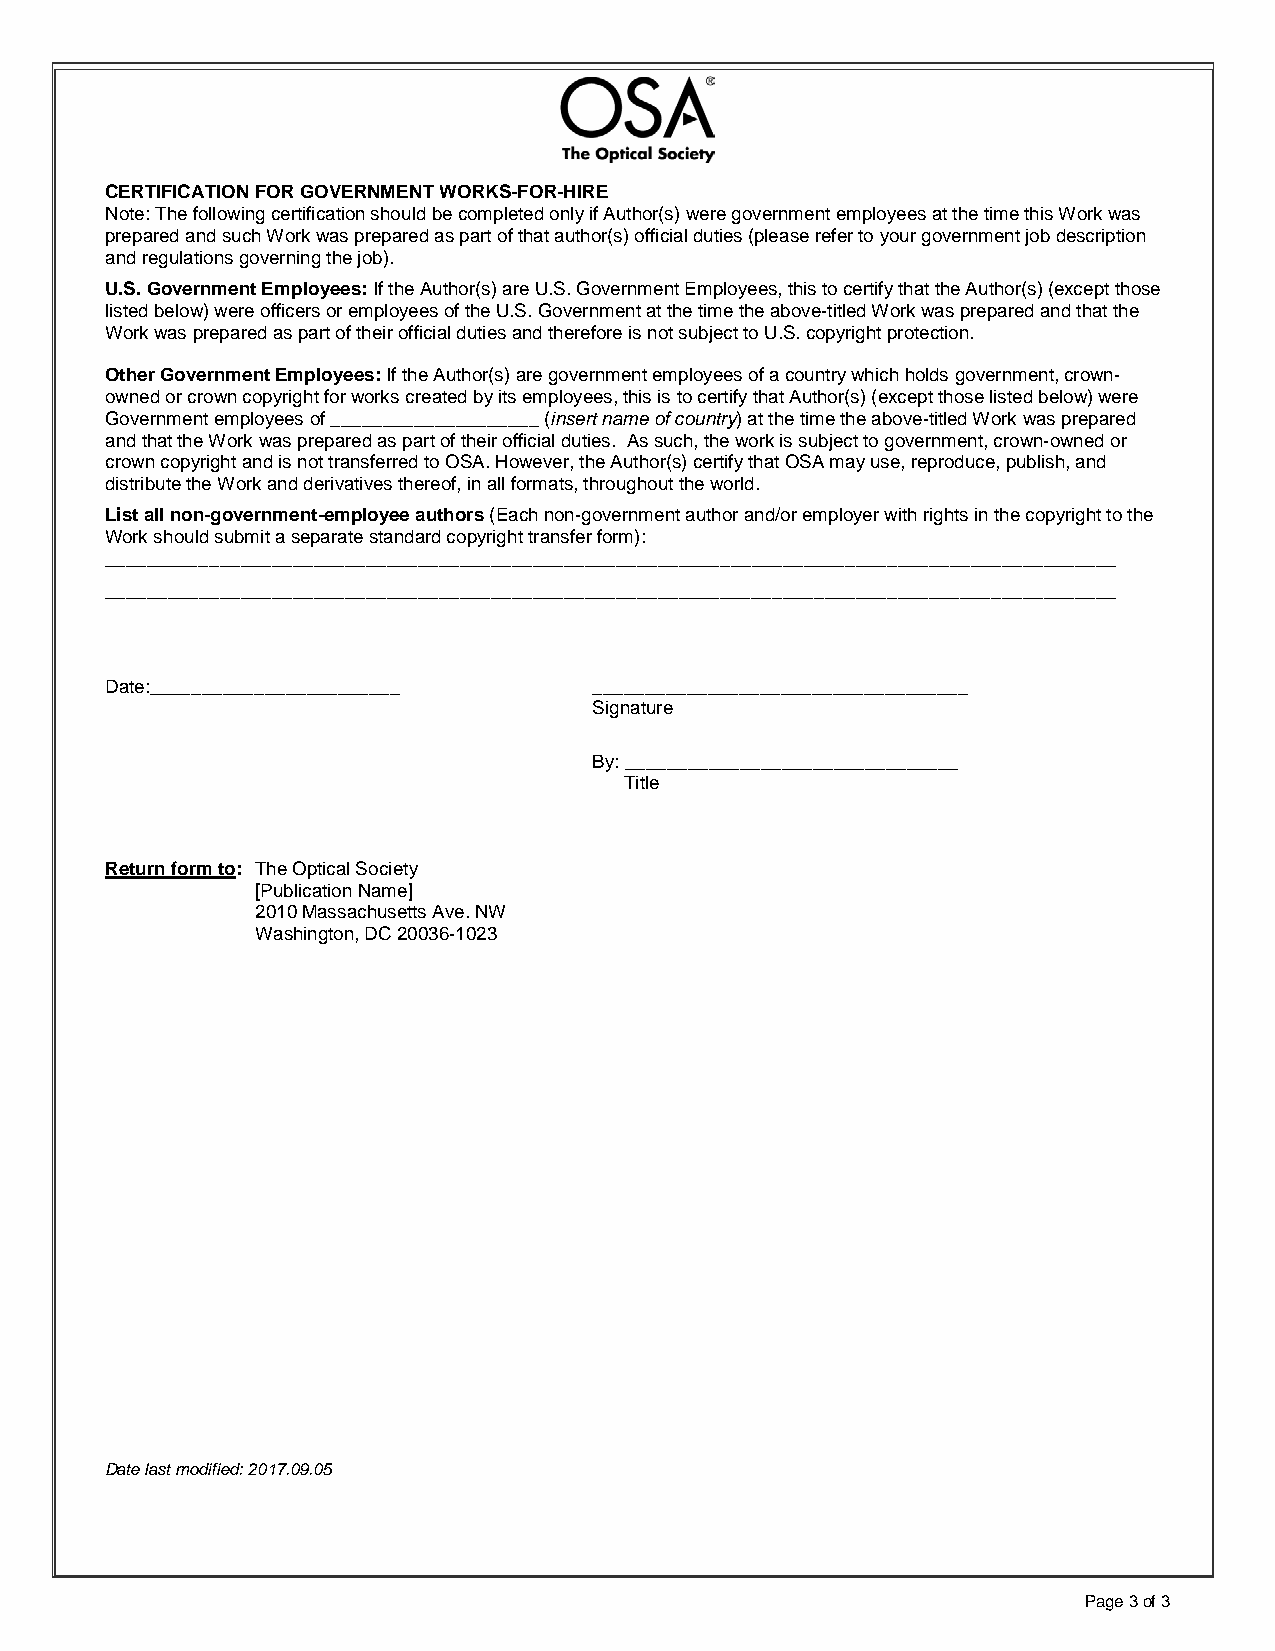
CERTIFICATION FOR GOVERNMENT WORKS-FOR-HIRE
 Note: The following certification should be completed only if Author(s) were government employees at the time this Work was
 prepared and such Work was prepared as part of that author(s) official duties (please refer to your government job description
 and regulations governing the job).
 U.S. Government Employees: If the Author(s) are U.S. Government Employees, this to certify that the Author(s) (except those
 listed below) were officers or employees of the U.S. Government at the time the above-titled Work was prepared and that the
 Work was prepared as part of their official duties and therefore is not subject to U.S. copyright protection.
 Other Government Employees: If the Author(s) are government employees of a country which holds government, crown-
 owned or crown copyright for works created by its employees, this is to certify that Author(s) (except those listed below) were
 Government employees of ____________________ (insert name of country) at the time the above-titled Work was prepared
 and that the Work was prepared as part of their official duties. As such, the work is subject to government, crown-owned or
 crown copyright and is not transferred to OSA. However, the Author(s) certify that OSA may use, reproduce, publish, and
 distribute the Work and derivatives thereof, in all formats, throughout the world.
 List all non-government-employee authors (Each non-government author and/or employer with rights in the copyright to the
 Work should submit a separate standard copyright transfer form):
 _________________________________________________________________________________________________
 _________________________________________________________________________________________________
 Date:________________________   ____________________________________
 Signature
 By: ________________________________
 Title
 Return form to: The Optical Society
 [Publication Name]
 2010 Massachusetts Ave. NW
 Washington, DC 20036-1023
 Date last modified: 2017.09.05
 Page 3 of 3